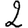
Digit: 2